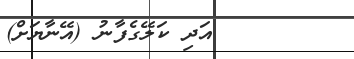
١٨       އަދި ކަލޭގެފާނު (އޭނާޔަށް)